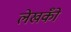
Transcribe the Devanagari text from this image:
लेखकोँ